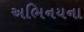
અભિનયના